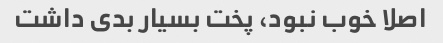
اصلا خوب نبود، پخت بسیار بدی داشت